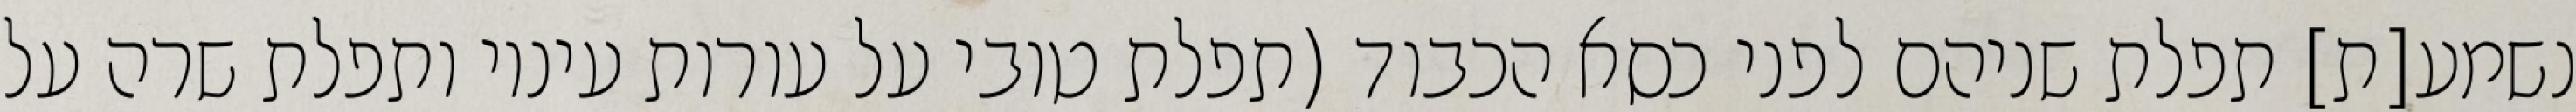
נשמע[ת] תפלת שניהם לפני כסא הכבוד (תפלת טובי על עורות עיניו ותפלת שרה על